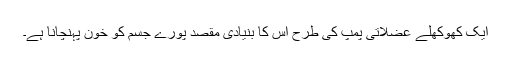
ایک کھوکھلے عضلاتی پمپ کی طرح اس کا بنیادی مقصد پورے جسم کو خون پہنچانا ہے۔